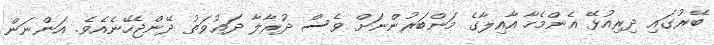
ބޭރުގައި ދިރިއުޅޭ އެންމެހާ އާއިލާގެ މަންބަރުންނަށް ވެސް ދުރާލާ ދަޢުވަތު ދޭންޖެހޭނެއެވެ. އަންނަން